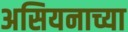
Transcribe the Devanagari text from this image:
असियनाच्या